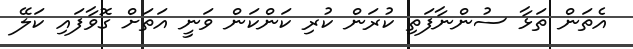
އެތަން ތަޅާ ސުންނާފަތި ކުރަން ކުރި ކަންކަން ވަނީ އަތަށް ގޮވާފައި ކަލޭ